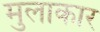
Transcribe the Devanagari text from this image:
मुलाकार